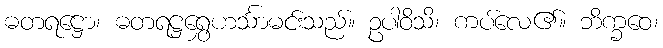
ဓတရဋ္ဌော၊ ဓတရဋ္ဌရွှေဟင်္သာမင်းသည်။ ဥပါဝိသိ၊ ကပ်လေ၏။ ဘိက္ခဝေ၊